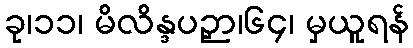
ခု၊၁၁၊ မိလိန္ဒပဉှာ၊၆၄၊ မှယူရန်